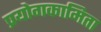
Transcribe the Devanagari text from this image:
प्रयोगकामिता